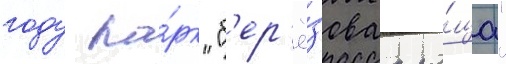
году па́рк "б'ер'ё́зоваа ро́ща"